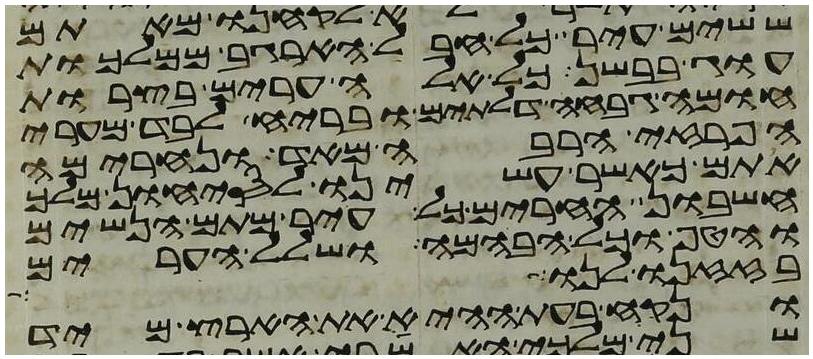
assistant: ששים עיר כל חבל הארגב ממלכות
עוג בבשן כל אלה ערים בצרות
חומה גבחה דלתים ובריח לבד מערי
הפרזי הרבה מאד ונחרימה
אתם כאשר עשינו לסיחון מלך
חשבון החרים כל עיר מתם הנשים
והטף וכל הבהמה ושלל הערים
בזזנו לנו
ונקח בעת ההיא את הארץ מיד